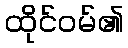
ထိုင်ဝမ်၏